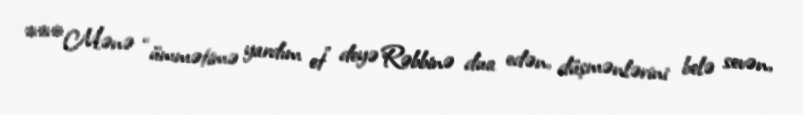
***Mənə “ümmətimə yardım et” deyə Rəbbinə dua edən, düşmənlərini belə sevən,